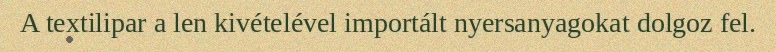
A textilipar a len kivételével importált nyersanyagokat dolgoz fel.